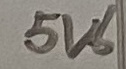
Text: 5V6